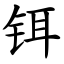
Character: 铒